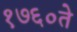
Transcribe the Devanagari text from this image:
१७६०ते